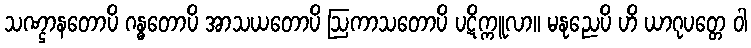
သဏ္ဌာနတောပိ ဂန္ဓတောပိ အာသယတောပိ ဩကာသတောပိ ပဋိက္ကူလာ။ မနုညေပိ ဟိ ယာဂုပတ္တေ ဝါ